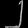
Digit: ၂